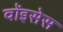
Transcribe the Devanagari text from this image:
वॉइसेस